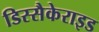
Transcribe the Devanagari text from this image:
डिस्सैकेराइड